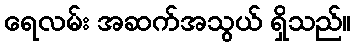
ရေလမ်း အဆက်အသွယ် ရှိသည်။